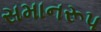
સમાનરૂપ